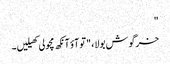
"
خرگوش بولا، "تو آؤ آنکھ مچولی کھیلیں۔